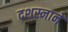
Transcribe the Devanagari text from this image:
दशस्नानें